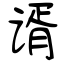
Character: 谞